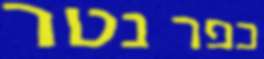
כפר נטר